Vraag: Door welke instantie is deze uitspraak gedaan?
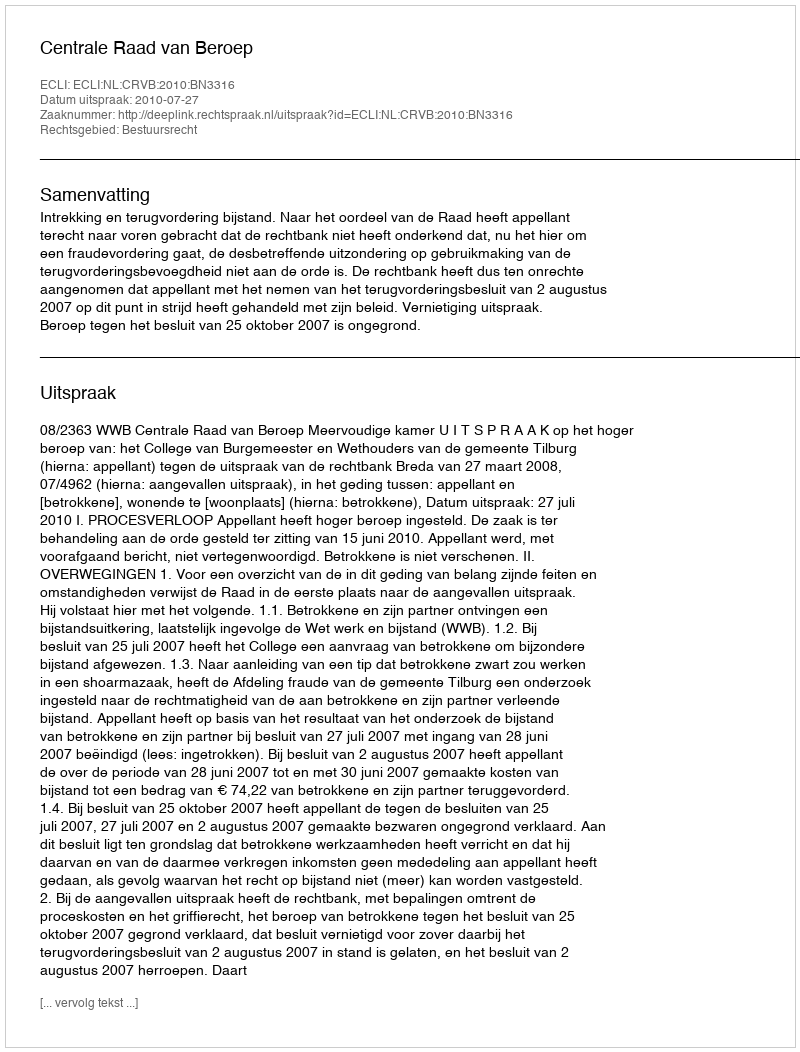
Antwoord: Centrale Raad van Beroep